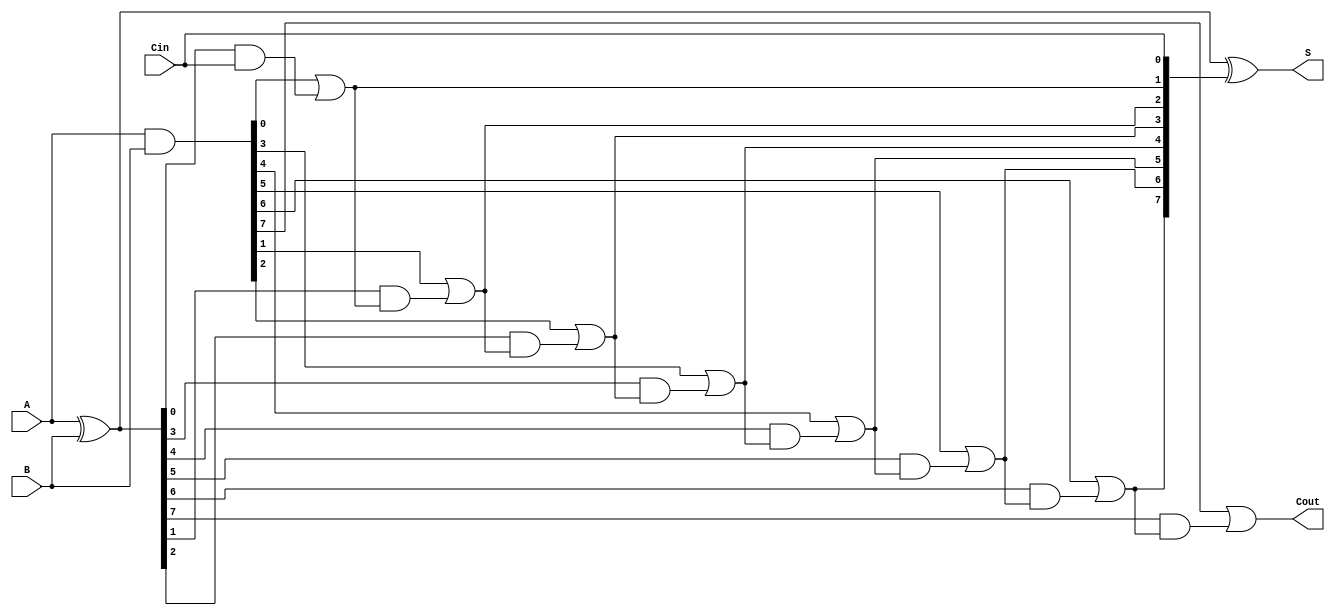
module SklanskyAdder #(parameter N = 8) (
    input [N-1:0] A,      // First operand
    input [N-1:0] B,      // Second operand
    input Cin,            // Carry-in
    output [N-1:0] S,     // Sum output
    output Cout           // Carry-out
);
    // Generate and propagate signals
    wire [N-1:0] G; // Generate signals
    wire [N-1:0] P; // Propagate signals
    wire [N:0] C;    // Carry signals (C[0] = Cin, C[N] = Cout)

    // Generate and propagate logic
    assign G = A & B;      // Generate: G[i] = A[i] AND B[i]
    assign P = A ^ B;      // Propagate: P[i] = A[i] XOR B[i]
    
    // Carry signals
    assign C[0] = Cin; // Initial carry-in
    genvar i;
    
    // Carry Propagation Logic using Sklansky method
    generate
        for (i = 0; i < N; i = i + 1) begin : carry_gen
            if (i == 0) begin
                // Base case for C[1]
                assign C[i + 1] = G[i] | (P[i] & C[i]);
            end else begin
                // Recursive case for C[i + 1]
                assign C[i + 1] = G[i] | (P[i] & C[i]);
            end
        end
    endgenerate

    // Sum Calculation
    assign S = P ^ C[N-1:0]; // S[i] = P[i] XOR C[i]
    assign Cout = C[N];      // Final carry-out

endmodule